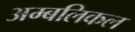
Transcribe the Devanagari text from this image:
अम्बलिकल